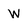
Character: W